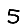
Digit: 5